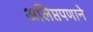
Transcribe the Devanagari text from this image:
अलिप्तपणाने